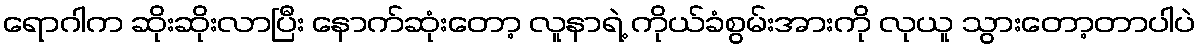
ရောဂါက ဆိုးဆိုးလာပြီး နောက်ဆုံးတော့ လူနာရဲ့ ကိုယ်ခံစွမ်းအားကို လုယူ သွားတော့တာပါပဲ